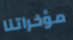
مؤخراتنا